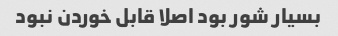
بسیار شور بود اصلا قابل خوردن نبود